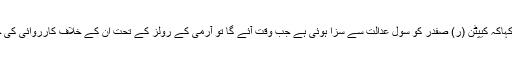
انہوںنے کہاکہ کیپٹن (ر) صفدر کو سول عدالت سے سزا ہوئی ہے جب وقت آئے گا تو آرمی کے رولز کے تحت ان کے خلاف کارروائی کی جائے گی۔